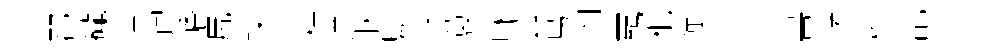
郡礲筐帽幡尻玦之棕洋溷驗凍蓑咏芸鳥内覊枇憧事外畫賭粹乩